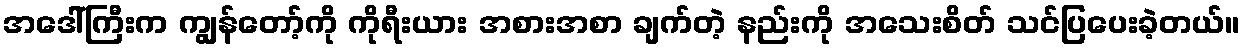
အဒေါ်ကြီးက ကျွန်တော့်ကို ကိုရီးယား အစားအစာ ချက်တဲ့ နည်းကို အသေးစိတ် သင်ပြပေးခဲ့တယ်။